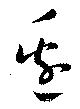
辺